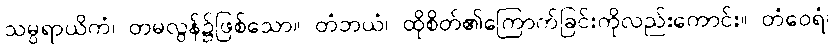
သမ္ပရာယိကံ၊ တမလွန်၌ဖြစ်သော။ တံဘယံ၊ ထိုစိတ်၏ကြောက်ခြင်းကိုလည်းကောင်း။ တံဝေရံ၊